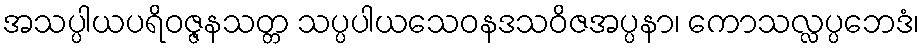
အသပ္ပါယပရိဝဇ္ဇနသတ္တ သပ္ပပါယသေဝနဒသဝိဇအပ္ပနာ၊ ကောသလ္လပ္ပဘေဒံ၊